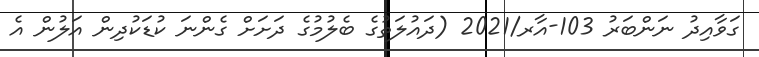
ގަވާއިދު ނަންބަރު 103-އާރ/2021 (ދައުލަތުގެ ބެލުމުގެ ދަށަށް ގެންނަ ކުޑަކުދިން އަލުން އެ